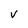
Character: V